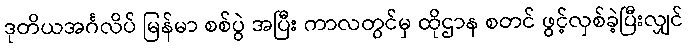
ဒုတိယအင်္ဂလိပ် မြန်မာ စစ်ပွဲ အပြီး ကာလတွင်မှ ထိုဌာန စတင် ဖွင့်လှစ်ခဲ့ပြီးလျှင်